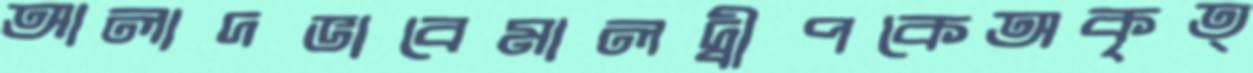
আলাদভাবেমালদ্বীপকেঅকৃত্